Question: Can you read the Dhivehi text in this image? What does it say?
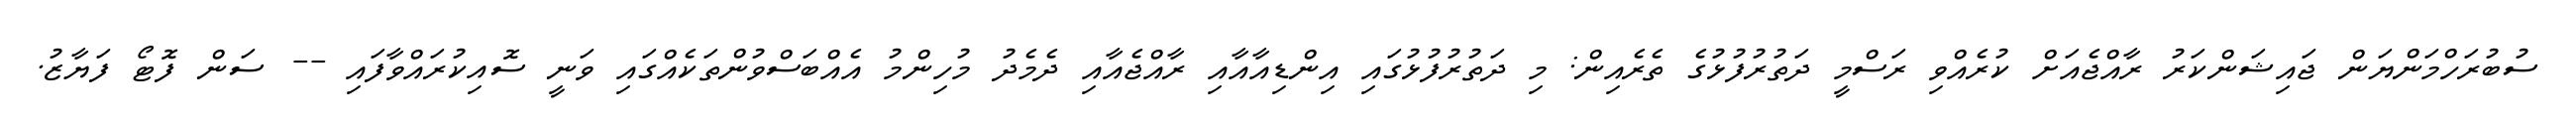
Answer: ސުބުރަހްމަންޔަން ޖައިޝަންކަރު ރާއްޖެއަށް ކުރެއްވި ރަސްމީ ދަތުރުފުޅުގެ ތެރެއިން: މި ދަތުރުފުޅުގައި އިންޑިއާއާއި ރާއްޖެއާއި ދެމެދު މުހިންމު އެއްބަސްވުންތަކެއްގައި ވަނީ ސޮއިކުރައްވާފައި -- ސަން ފޮޓޯ ފަޔާޒު.